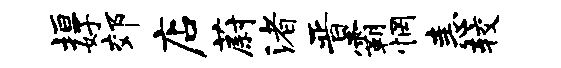
垣好郊店蔚渚晋霸惘恚较